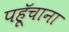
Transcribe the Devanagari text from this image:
पहूॅचाना